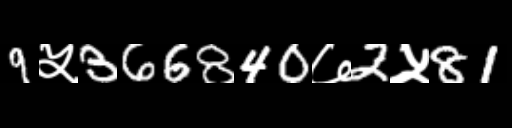
Text: 9५366840७2५81